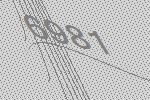
6981